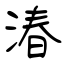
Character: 湷